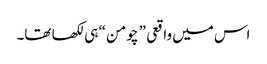
اس میں واقعی ” چومن “ ہی لکھا تھا۔